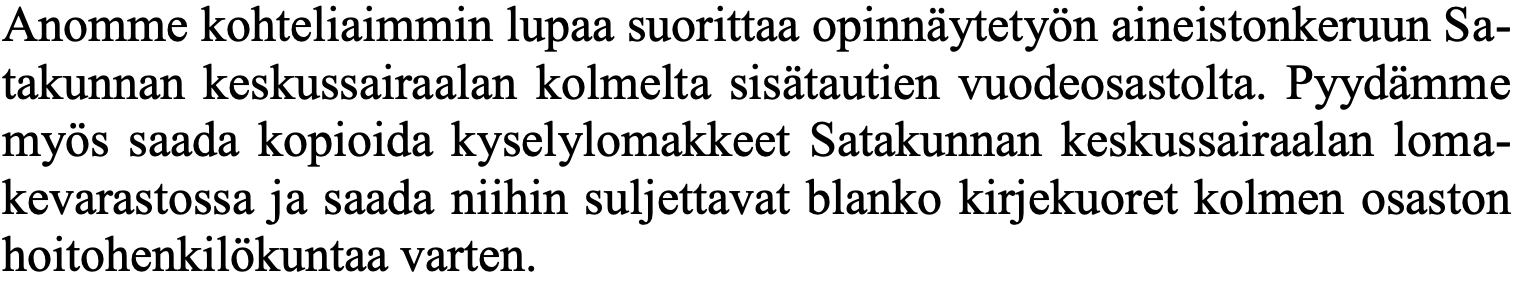
Anomme kohteliaimmin lupaa suorittaa opinnäytetyön aineistonkeruun Sa- takunnan keskussairaalan kolmelta sisätautien vuodeosastolta. Pyydämme myös saada kopioida kyselylomakkeet Satakunnan keskussairaalan loma- kevarastossa ja saada niihin suljettavat blanko kirjekuoret kolmen osaston hoitohenkilökuntaa varten.